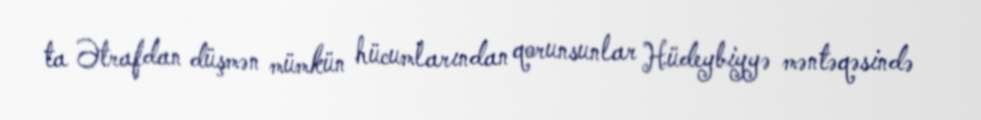
ta Ətrafdan düşmən mümkün hücumlarından qorunsunlar Hüdeybiyyə məntəqəsində